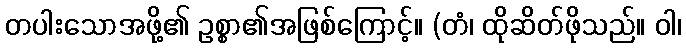
တပါးသောအဖို့၏ ဥစ္စာ၏အဖြစ်ကြောင့်။ (တံ၊ ထိုဆိတ်ဖိုသည်။ ဝါ၊